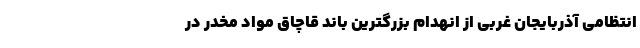
انتظامی آذربایجان غربی از انهدام بزرگترین باند قاچاق مواد مخدر در